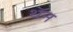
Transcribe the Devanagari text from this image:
थॅन